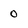
Character: 0